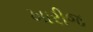
ખારીજ